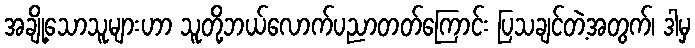
အချို့သောသူများဟာ သူတို့ဘယ်လောက်ပညာတတ်ကြောင်း ပြသချင်တဲ့အတွက်၊ ဒါမှ